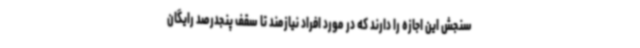
سنجش این اجازه را دارند که در مورد افراد نیازمند تا سقف پنجدرصد رایگان